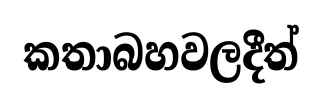
කතාබහවලදීත්